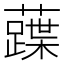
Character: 𧀢